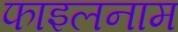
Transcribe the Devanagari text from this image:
फाइलनाम